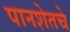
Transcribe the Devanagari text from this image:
पानशेतचे